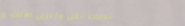
خدمات نقل وتخزين الأثاث و